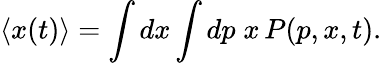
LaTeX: \langle x(t)\rangle=\int dx\int dp\; x\, P(p,x,t).